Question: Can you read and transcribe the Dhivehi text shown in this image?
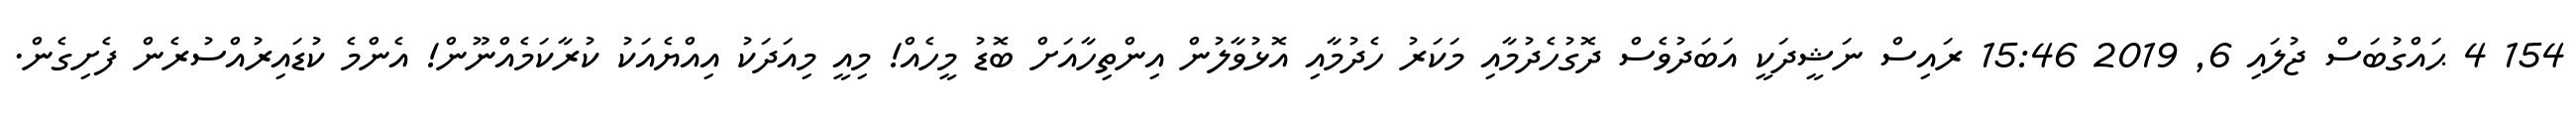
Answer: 154 4 ޙައްގުބަސް ޖުލައި 6, 2019 15:46 ރައިސް ނަޝީދަކީ އަބަދުވެސް ދޮގުހެދުމާއި މަކަރު ހެދުމާއި އޮޅުވާލުން އިންތިހާއަށް ބޮޑު މީހެއް! މިއީ މިއަދަކު އިއްޔެއަކު ކުރާކަމެއްނޫން! އެންމެ ކުޑައިރުއްސުރެން ފެށިގެން.